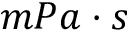
m P a \cdot s